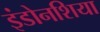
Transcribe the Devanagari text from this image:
इंडोनशिया